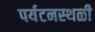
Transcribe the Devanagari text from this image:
पर्यटनस्‍थळी